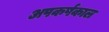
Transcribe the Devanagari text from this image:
अपकर्षकाल